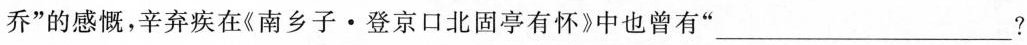
乔”的感慨，辛弃疾在《南乡子·登京口北固亭有怀》中也曾有”___？